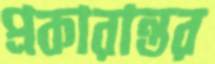
প্রকারান্তর